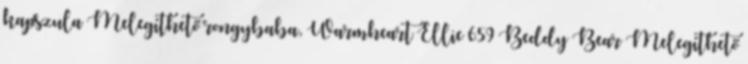
kapszula Melegíthető rongybaba, Warmheart Ellie 659 Beddy Bear Melegíthető